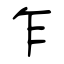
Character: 乍